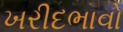
ખરીદભાવો